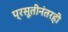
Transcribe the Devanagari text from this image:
प्रसूतीनंतरही